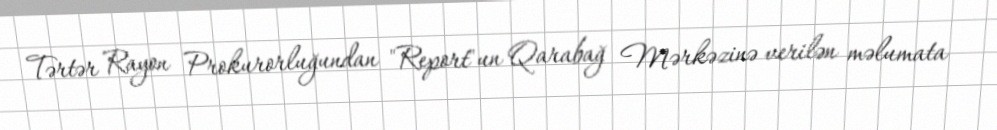
Tərtər Rayon Prokurorluğundan "Report"un Qarabağ Mərkəzinə verilən məlumata